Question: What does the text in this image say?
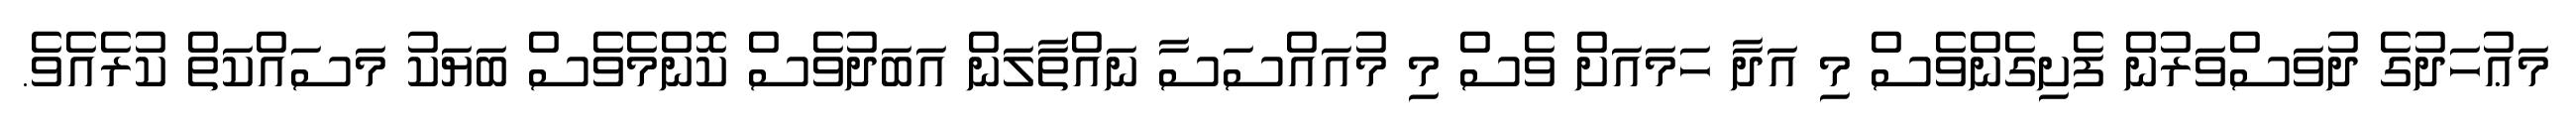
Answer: މަޢުހަދުގެ ދުވަސްވަރުން ފެށިގެންވެސް މި އަދާ ހަމައަށް ވެސް މި މުއައްސަސާ ނައްތާލަން އަބަދުވެސް ކޮންމެވެސް ބަޔަކު މަސައްކަތް ކުރެއެވެ.